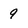
Character: 9